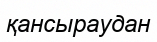
қансыраудан